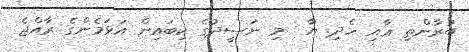
ބުރާންތި ޢާއި ހެދި. ޔާ  މި ނަަސީދުގެ ކިބައިން އަޅަމެންގެ ރާއްޖެ